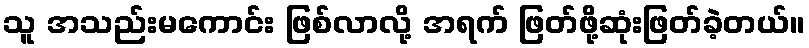
သူ အသည်းမကောင်း ဖြစ်လာလို့ အရက် ဖြတ်ဖို့ဆုံးဖြတ်ခဲ့တယ်။